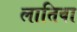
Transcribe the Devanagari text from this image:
लातिवा